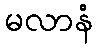
မလာနံ